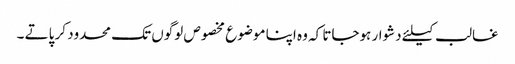
غالب کیلئے دشوار ہوجاتا کہ وہ اپنا موضوع مخصوص لوگوں تک محدود کر پاتے ۔